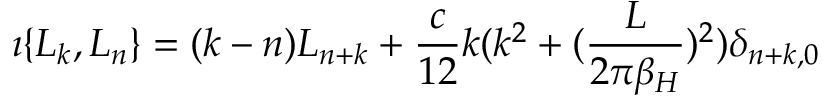
\imath \{ L _ { k } , L _ { n } \} = ( k - n ) L _ { n + k } + { \frac { c } { 1 2 } } k ( k ^ { 2 } + ( { \frac { L } { 2 \pi \beta _ { H } } } ) ^ { 2 } ) \delta _ { n + k , 0 }